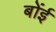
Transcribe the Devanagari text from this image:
बोंई